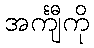
အင်္ကျီကို